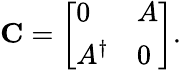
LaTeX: \mathbf{C}={\left[\begin{array}{ll}{0}&{A}\\ {A^{\dagger}}&{0}\end{array}\right]}.